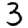
Digit: 3